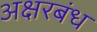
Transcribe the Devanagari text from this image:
अक्षरबंध